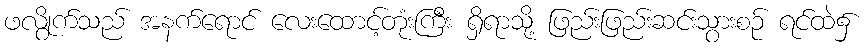
ဖလွိုက်သည် အနက်ရောင် လေးထောင့်တုံးကြီး ရှိရာသို့ ဖြည်းဖြည်းဆင်းသွားစဉ် ရင်ထဲ၌